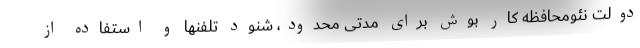
دولت نئومحافظه کار بوش برای مدتی محدود، شنود تلفنها و استفاده از